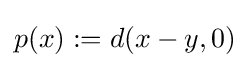
p(x):=d(x-y,0)